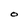
Character: O